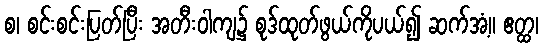
စ၊ စင်းစင်းပြတ်ပြီး အတီးဝါကျ၌ စုဒ်ထုတ်ဖွယ်ကိုပယ်၍ ဆက်အံ့။ ဧတ္ထ၊